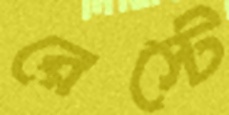
রেস্টে